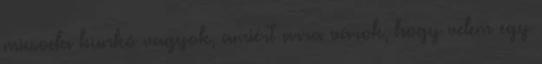
micsoda bunkó vagyok, amiért arra várok, hogy velem egy